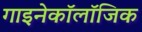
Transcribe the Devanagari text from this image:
गाइनेकॉलॉजिक